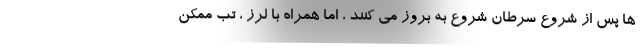
ها پس از شروع سرطان شروع به بروز می کنند ، اما همراه با لرز ، تب ممکن